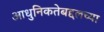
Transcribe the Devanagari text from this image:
आधुनिकतेबद्दलच्या